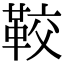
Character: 𩊔